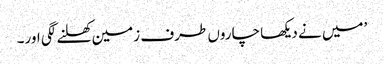
’میں نے دیکھا چاروں طرف زمین کھلنے لگی اور۔